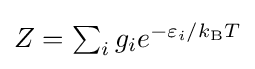
\textstyle Z=\sum _{i}g_{i}e^{-\varepsilon _{i}/k_{\text{B}}T}